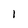
Character: 1